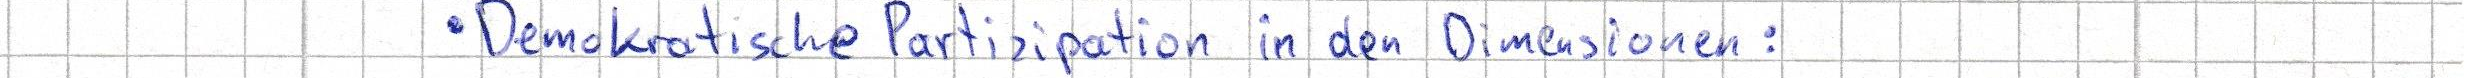
Demokratische Partizipation in den Dimensionen: